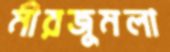
মীরজুমলা